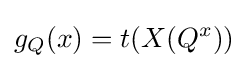
g_{Q}(x)=t(X(Q^{x}))